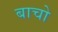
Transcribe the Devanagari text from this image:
बाचो